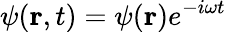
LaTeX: \psi(\textbf{r},t)=\psi(\textbf{r})e^{-i{\omega}t}